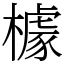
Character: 㯫